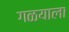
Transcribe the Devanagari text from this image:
गळयाला